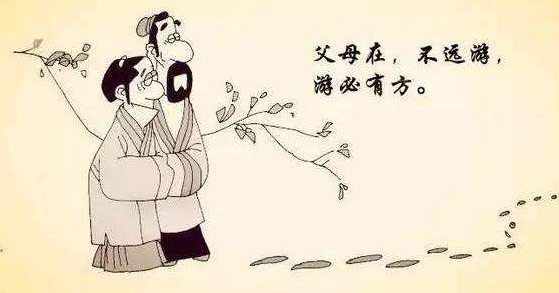
父母在，不远游，游必有方。